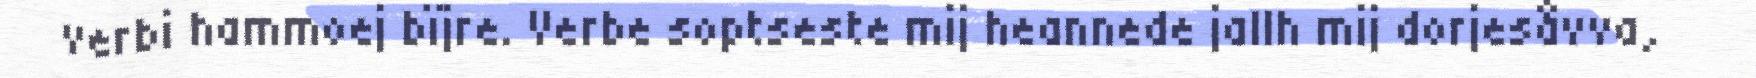
verbi hammoej bïjre. Verbe soptseste mij heannede jallh mij dorjesåvva,